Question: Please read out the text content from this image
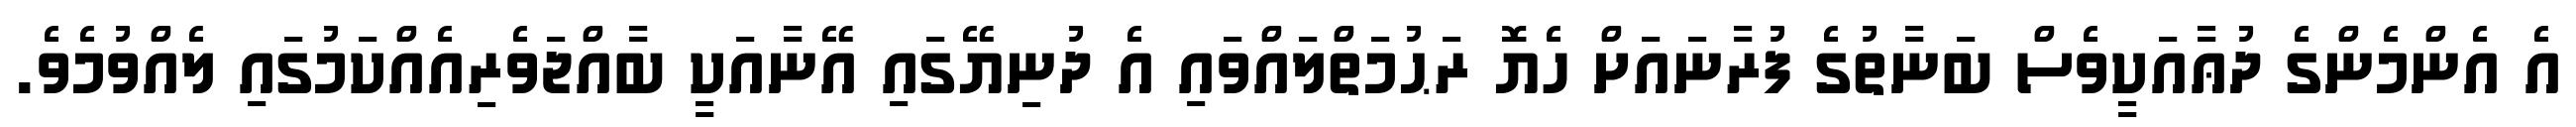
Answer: އެ އެންމެންގެ ދުޢާއަކީވެސް ބަނާތުގެ ފުރާނައަށް ހެޔޮ ރަޙުމަތްލައްވައި އެ ދުނިޔޭގައި އޭނާއަކީ ބާއްޖަވެރިއެއްކަމުގައި ލެއްވުމެވެ.